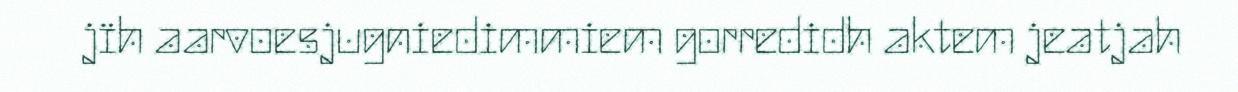
jïh aarvoesjugniedimmiem gorredidh aktem jeatjah